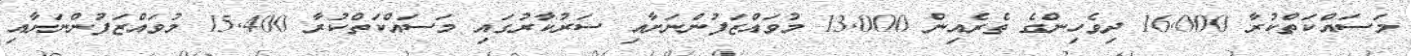
މަސައްކަތްކުރާ 16